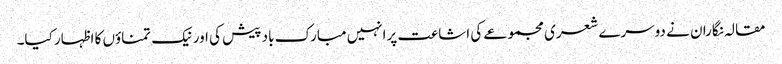
مقالہ نگاران نے دوسرے شعری مجموعے کی اشاعت پرانہیں مبارک باد پیش کی اور نیک تمناؤں کا اظہار کیا۔